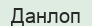
Данлоп